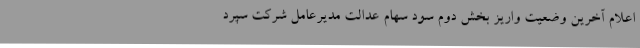
اعلام آخرین وضعیت واریز بخش دوم سود سهام عدالت مدیرعامل شرکت سپرد